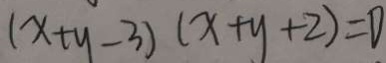
( x + y - 3 ) ( x + y + 2 ) = 0